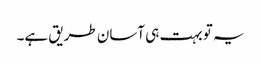
یہ تو بہت ہی آسان طریق ہے۔